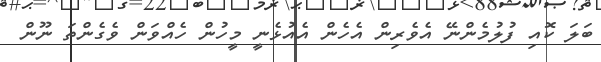
ބަލަ ކޮއި ފުލުމެންނޭ އެވެރިން އެހެން އެއުޅެނީ މީހުން ހެއްވަން ވެގެންތަ ނޫން